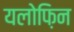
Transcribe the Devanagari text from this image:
यलोफ़िन